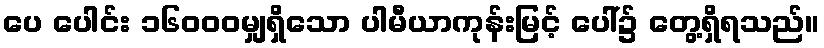
ပေ ပေါင်း ၁၆၀၀၀မျှရှိသော ပါမီယာကုန်းမြင့် ပေါ်၌ တွေ့ရှိရသည်။